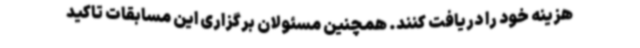
هزینه خود را دریافت کنند. همچنین مسئولان برگزاری این مسابقات تاکید